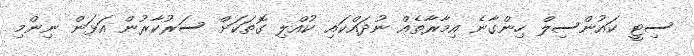
ސިޓީ ކައުންސިލް ހިންގާނެ އިމާރާތެއް ނުދައްކައި ކުއްލި ގޮތަކަށް ސަރުކާރުން އަޅަން ނިންމި